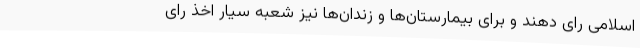
اسلامی رای دهند و برای بیمارستان‌ها و زندان‌ها نیز شعبه سیار اخذ رای